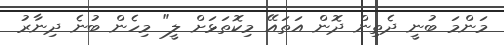
މަންމަ ބުނީ ދެތިން ދޮން އަތައޭ މިކޮތަޅަށް ލީ" މިހެން ބުނެ ދިނާރު